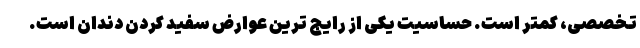
تخصصی، کمتر است. حساسیت یکی از رایج ترین عوارض سفید کردن دندان است.